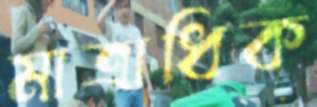
মাত্রাধিক